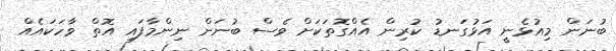
ބުނަން މިއުޅެނީ އަޅުގަނޑު ކުރިން އެއްގޮތަކަށް ވެސް ބުނަން ނިންމާފައި އޮތް ވާހަކައެއް